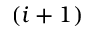
( i + 1 )